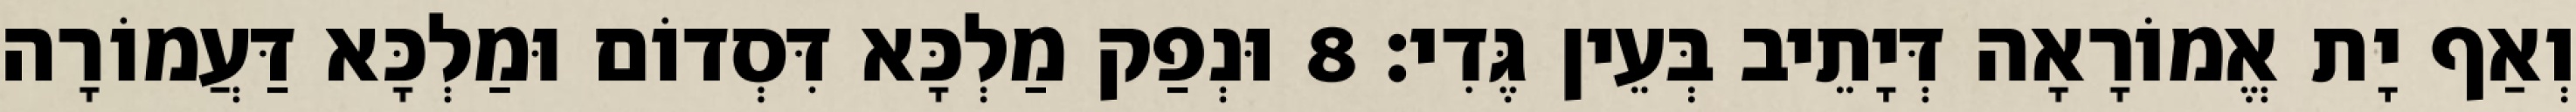
וְאַף יָת אֱמוֹרָאָה דְּיָתֵיב בְּעֵין גֶּדִי׃ 8 וּנְפַק מַלְכָּא דִּסְדוֹם וּמַלְכָּא דַּעֲמוֹרָה